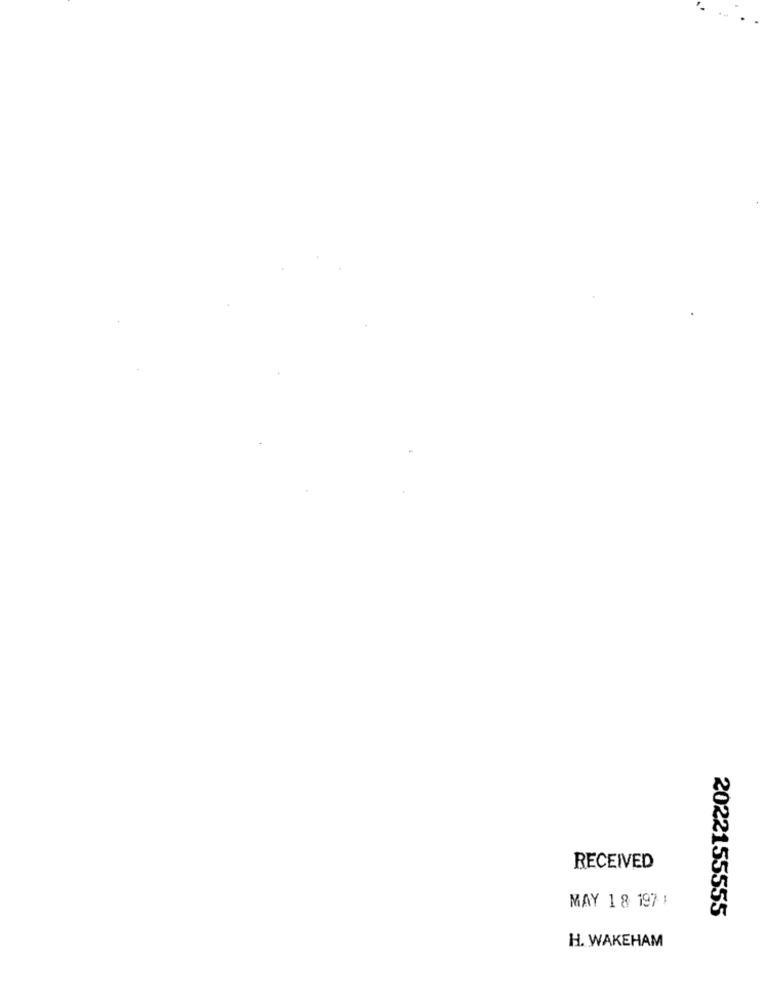
RECEIVED
MAY 18 1971
2022155555
H. WAKEHAM